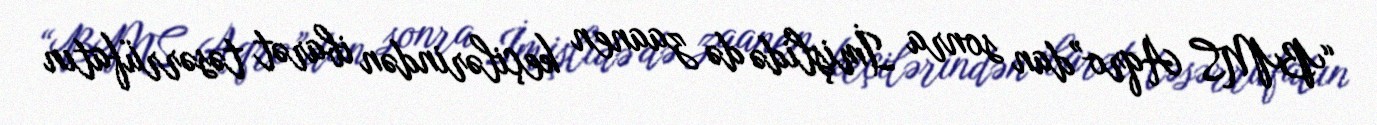
“BMS Aqro”dan sonra İmişlidə də zaanen keçilərindən ibarət təsərrüfatın